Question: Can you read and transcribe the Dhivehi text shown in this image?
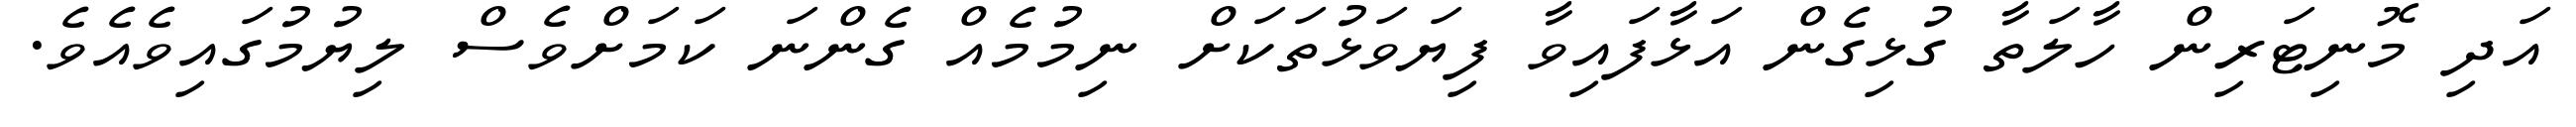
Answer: އަދި މޮނިޓަރިން ހާލަތާ ގުޅިގެން އަޅާފައިވާ ފިޔަވަޅުތަކަށް ނިމުމެއް ގެންނަ ކަމަށްވެސް ލިޔުމުގައިވެއެވެ.